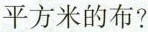
平方米的布?